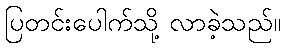
ပြတင်းပေါက်သို့ လာခဲ့သည်။